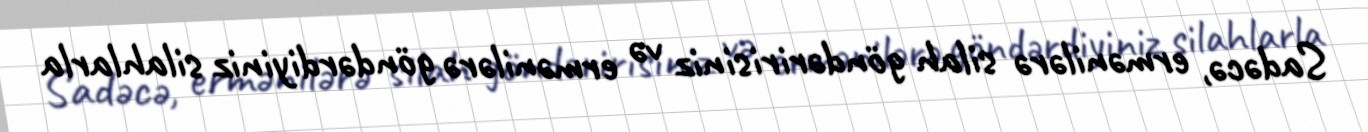
Sadəcə, ermənilərə silah göndəririsiniz və ermənilərə göndərdiyiniz silahlarla